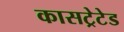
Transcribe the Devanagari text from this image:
कासट्रेटेड